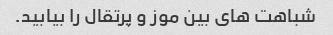
شباهت های بین موز و پرتقال را بیابید.